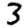
Digit: 3